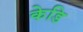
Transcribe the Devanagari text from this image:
केडि